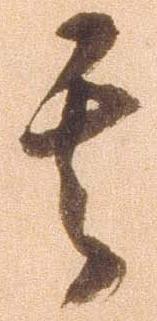
其